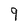
Character: q